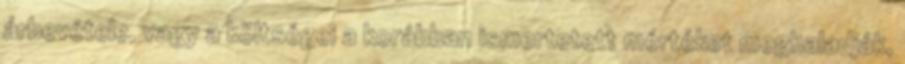
árbevétele, vagy a költségei a korábban ismertetett mértéket meghaladják,